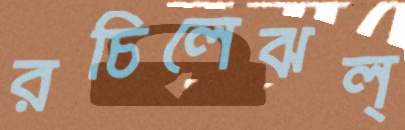
রচিলেঝল্